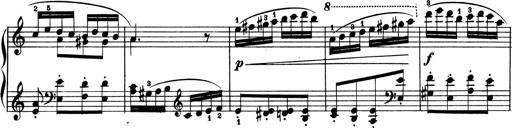
Title: 2 Sonatinen
Composer: Lambertus Adrianus van Tetterode